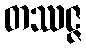
တဿဇ္ဇ